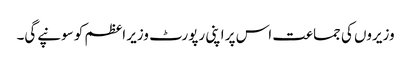
وزیروں کی جماعت اس پر اپنی رپورٹ وزیر اعظم کو سونپے‌گی۔